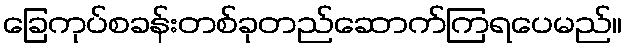
ခြေကုပ်စခန်းတစ်ခုတည်ဆောက်ကြရပေမည်။